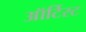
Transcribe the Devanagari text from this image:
ऑर्टिस्ट